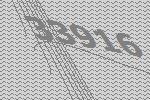
33916